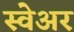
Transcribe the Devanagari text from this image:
स्वेअर